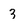
Character: 3